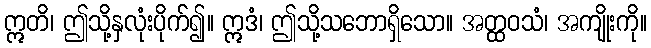
ဣတိ၊ ဤသို့နှလုံးပိုက်၍။ ဣဒံ၊ ဤသို့သဘောရှိသော။ အတ္ထဝသံ၊ အကျိုးကို။